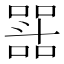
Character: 𭤝